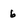
Character: 6